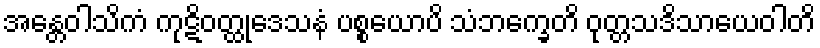
အန္တေဝါသိကံ ကုဋိဝတ္ထုဒေသနံ ပစ္စယောပိ သံဘက္ခေတိ ဝုတ္တသဒိသာယေဝါတိ